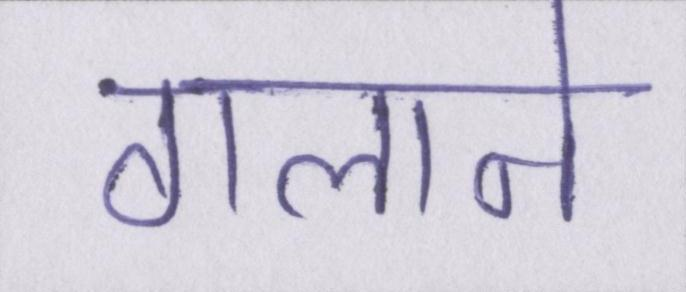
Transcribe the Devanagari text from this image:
गलाने